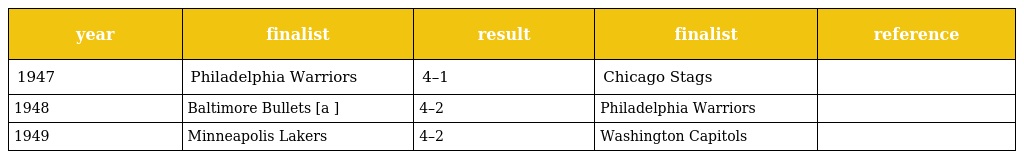
| year | finalist | result | finalist | reference |
 | --- | --- | --- | --- | --- |
 | 1947 | Philadelphia Warriors | 4–1 | Chicago Stags |  |
 | 1948 | Baltimore Bullets [a ] | 4–2 | Philadelphia Warriors |  |
 | 1949 | Minneapolis Lakers | 4–2 | Washington Capitols |  |